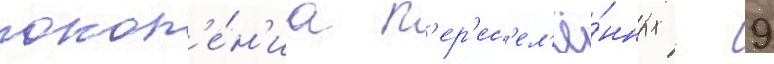
покол'е́н'иа п'ер'ес'ел'ё́нных - 9